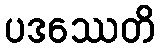
ပဒဿေတိ